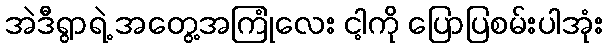
အဲဒီရွာရဲ့ အတွေ့အကြုံလေး ငါ့ကို ပြောပြစမ်းပါအုံး